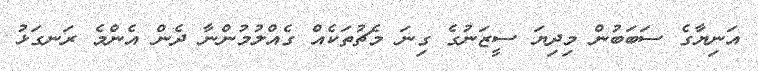
އަނިޔާގެ ސަބަބުން މިދިޔަ ސީޒަނުގެ ގިނަ މެޗުތަކެއް ގެއްލުމުންނާ ދެން އެންމެ ރަނގަޅު